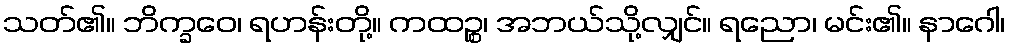
သတ်၏။ ဘိက္ခဝေ၊ ရဟန်းတို့။ ကထဉ္စ၊ အဘယ်သို့လျှင်။ ရညော၊ မင်း၏။ နာဂေါ၊